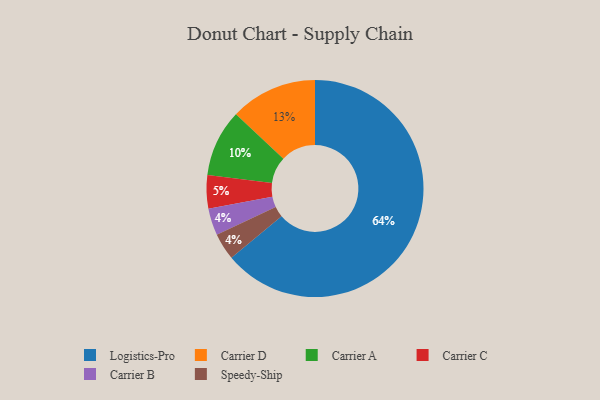
{"axis": {"x": "Category", "y": "Percentage"}, "legend": ["Carrier A", "Carrier B", "Carrier C", "Carrier D", "Logistics-Pro", "Speedy-Ship"], "data": [{"x": "Carrier D", "y": 13, "type": "Carrier D"}, {"x": "Carrier B", "y": 4, "type": "Carrier B"}, {"x": "Carrier A", "y": 10, "type": "Carrier A"}, {"x": "Carrier C", "y": 5, "type": "Carrier C"}, {"x": "Logistics-Pro", "y": 64, "type": "Logistics-Pro"}, {"x": "Speedy-Ship", "y": 4, "type": "Speedy-Ship"}]}